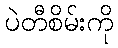
ပဲတီစိမ်းကို